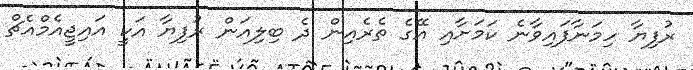
ރުފިޔާ ހިމަނާފައިވާނެ ކަމަށާއި އޭގެ ތެރެއިން ދެ ބިލިއަން ރުފިޔާ އަކީ އައިޖީއެމްއެޗް